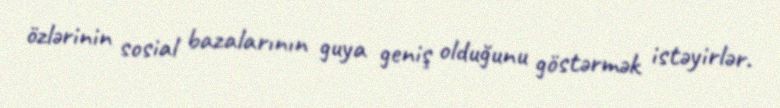
özlərinin sosial bazalarının guya geniş olduğunu göstərmək istəyirlər.